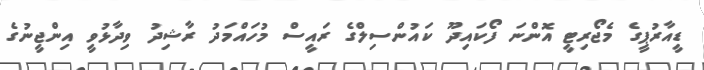
ޑީއާރުޕީގެ މެޖޯރިޓީ އޮންނަ ފޯކައިދޫ ކައުންސިލްގެ ރައީސް މުހައްމަދު ރާޝިދު ވިދާޅުވީ އިންޖީނުގެ